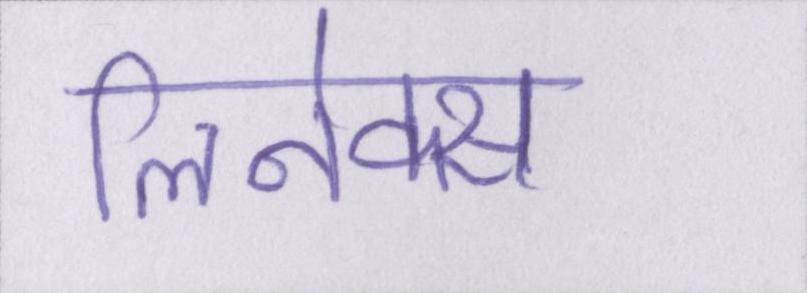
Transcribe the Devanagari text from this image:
लिनेक्स